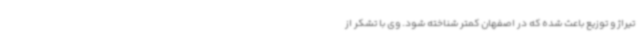
تیراژ و توزیع باعث شده که در اصفهان کمتر شناخته شود. وی با تشکر از